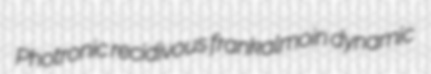
Photronic recidivous frankalmoin dynamic